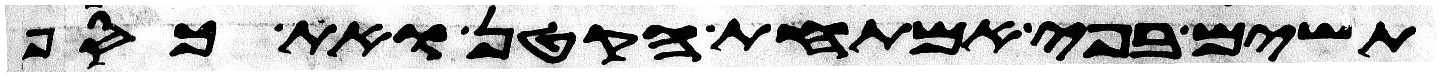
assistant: תשים בפי אמתחת הקטן ואת כסף